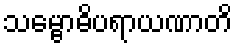
သမ္ဗောဓိပရာယဏာတိ